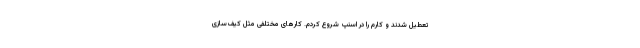
تعطیل شدند و کارم را در اسنپ شروع کردم. کارهای مختلفی مثل کیف‌سازی